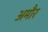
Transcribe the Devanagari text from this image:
अमौर